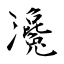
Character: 瀺